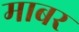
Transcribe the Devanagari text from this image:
माबर